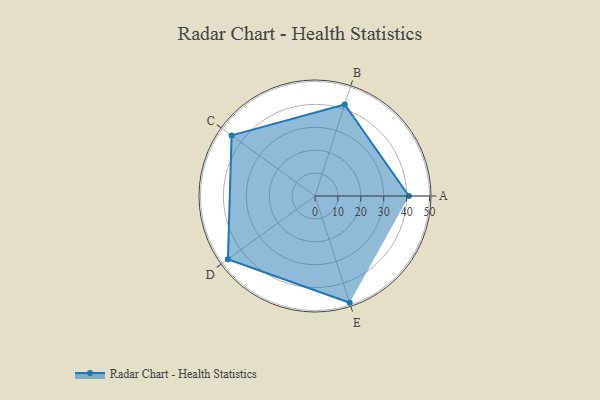
{"axis": {"x": "Skill", "y": "Score"}, "legend": ["Profile"], "data": [{"x": "A", "y": 41.0, "type": "Profile"}, {"x": "B", "y": 42.0, "type": "Profile"}, {"x": "C", "y": 45.0, "type": "Profile"}, {"x": "D", "y": 47.0, "type": "Profile"}, {"x": "E", "y": 49.0, "type": "Profile"}]}